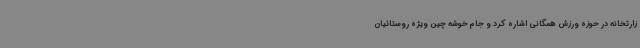
زارتخانه در حوزه ورزش همگانی اشاره کرد و جام خوشه چین ویژه روستائیان